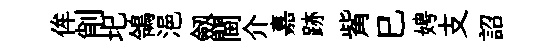
侔削圯鴒浥劔閫介嘉跡觜巳娉支詔